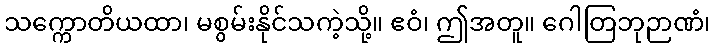
သက္ကောတိယထာ၊ မစွမ်းနိုင်သကဲ့သို့။ ဧဝံ၊ ဤအတူ။ ဂေါတြဘုဉာဏံ၊